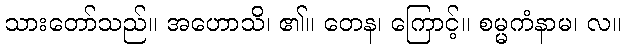
သားတော်သည်။ အဟောသိ၊ ၏။ တေန၊ ကြောင့်။ စမ္မကံနာမ၊ လ။